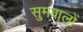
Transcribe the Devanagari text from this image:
सुमवालों